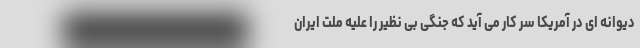
دیوانه ای در آمریکا سر کار می آید که جنگی بی نظیر را علیه ملت ایران